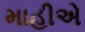
માહીએ